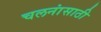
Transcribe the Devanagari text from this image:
चलनांसाठी